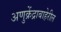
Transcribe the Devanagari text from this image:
अणुक्रेंद्राबाहेरील